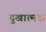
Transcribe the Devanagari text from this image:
दुखात्मक